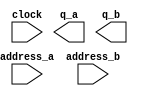
// megafunction wizard: %ROM: 2-PORT%VBB%
// GENERATION: STANDARD
// VERSION: WM1.0
// MODULE: altsyncram 

// ============================================================
// Megafunction Name(s):
// 			altsyncram
//
// Simulation Library Files(s):
// 			altera_mf
// ============================================================
// ************************************************************
// THIS IS A WIZARD-GENERATED FILE. DO NOT EDIT THIS FILE!
//
// 19.1.0 Build 670 09/22/2019 Patches 0.02std SJ Lite Edition
// ************************************************************

//Copyright (C) 2019  Intel Corporation. All rights reserved.
//Your use of Intel Corporation's design tools, logic functions 
//and other software and tools, and any partner logic 
//functions, and any output files from any of the foregoing 
//(including device programming or simulation files), and any 
//associated documentation or information are expressly subject 
//to the terms and conditions of the Intel Program License 
//Subscription Agreement, the Intel Quartus Prime License Agreement,
//the Intel FPGA IP License Agreement, or other applicable license
//agreement, including, without limitation, that your use is for
//the sole purpose of programming logic devices manufactured by
//Intel and sold by Intel or its authorized distributors.  Please
//refer to the applicable agreement for further details, at
//https://fpgasoftware.intel.com/eula.

module loadingScreenROM (
	address_a,
	address_b,
	clock,
	q_a,
	q_b);

	input	[13:0]  address_a;
	input	[13:0]  address_b;
	input	  clock;
	output	[7:0]  q_a;
	output	[7:0]  q_b;
`ifndef ALTERA_RESERVED_QIS
// synopsys translate_off
`endif
	tri1	  clock;
`ifndef ALTERA_RESERVED_QIS
// synopsys translate_on
`endif

endmodule

// ============================================================
// CNX file retrieval info
// ============================================================
// Retrieval info: PRIVATE: ADDRESSSTALL_A NUMERIC "0"
// Retrieval info: PRIVATE: ADDRESSSTALL_B NUMERIC "0"
// Retrieval info: PRIVATE: BYTEENA_ACLR_A NUMERIC "0"
// Retrieval info: PRIVATE: BYTEENA_ACLR_B NUMERIC "0"
// Retrieval info: PRIVATE: BYTE_ENABLE_A NUMERIC "0"
// Retrieval info: PRIVATE: BYTE_ENABLE_B NUMERIC "0"
// Retrieval info: PRIVATE: BYTE_SIZE NUMERIC "1"
// Retrieval info: PRIVATE: BlankMemory NUMERIC "0"
// Retrieval info: PRIVATE: CLOCK_ENABLE_INPUT_A NUMERIC "0"
// Retrieval info: PRIVATE: CLOCK_ENABLE_INPUT_B NUMERIC "0"
// Retrieval info: PRIVATE: CLOCK_ENABLE_OUTPUT_A NUMERIC "0"
// Retrieval info: PRIVATE: CLOCK_ENABLE_OUTPUT_B NUMERIC "0"
// Retrieval info: PRIVATE: CLRdata NUMERIC "0"
// Retrieval info: PRIVATE: CLRq NUMERIC "0"
// Retrieval info: PRIVATE: CLRrdaddress NUMERIC "0"
// Retrieval info: PRIVATE: CLRrren NUMERIC "0"
// Retrieval info: PRIVATE: CLRwraddress NUMERIC "0"
// Retrieval info: PRIVATE: CLRwren NUMERIC "0"
// Retrieval info: PRIVATE: Clock NUMERIC "0"
// Retrieval info: PRIVATE: Clock_A NUMERIC "0"
// Retrieval info: PRIVATE: Clock_B NUMERIC "0"
// Retrieval info: PRIVATE: IMPLEMENT_IN_LES NUMERIC "0"
// Retrieval info: PRIVATE: INDATA_ACLR_B NUMERIC "0"
// Retrieval info: PRIVATE: INDATA_REG_B NUMERIC "1"
// Retrieval info: PRIVATE: INIT_FILE_LAYOUT STRING "PORT_A"
// Retrieval info: PRIVATE: INIT_TO_SIM_X NUMERIC "0"
// Retrieval info: PRIVATE: INTENDED_DEVICE_FAMILY STRING "Cyclone IV E"
// Retrieval info: PRIVATE: JTAG_ENABLED NUMERIC "0"
// Retrieval info: PRIVATE: JTAG_ID STRING "NONE"
// Retrieval info: PRIVATE: MAXIMUM_DEPTH NUMERIC "0"
// Retrieval info: PRIVATE: MEMSIZE NUMERIC "131072"
// Retrieval info: PRIVATE: MEM_IN_BITS NUMERIC "0"
// Retrieval info: PRIVATE: MIFfilename STRING "./ip/rom/loadingScreen.mif"
// Retrieval info: PRIVATE: OPERATION_MODE NUMERIC "3"
// Retrieval info: PRIVATE: OUTDATA_ACLR_B NUMERIC "0"
// Retrieval info: PRIVATE: OUTDATA_REG_B NUMERIC "0"
// Retrieval info: PRIVATE: RAM_BLOCK_TYPE NUMERIC "0"
// Retrieval info: PRIVATE: READ_DURING_WRITE_MODE_MIXED_PORTS NUMERIC "2"
// Retrieval info: PRIVATE: REGdata NUMERIC "1"
// Retrieval info: PRIVATE: REGq NUMERIC "0"
// Retrieval info: PRIVATE: REGrdaddress NUMERIC "0"
// Retrieval info: PRIVATE: REGrren NUMERIC "0"
// Retrieval info: PRIVATE: REGwraddress NUMERIC "1"
// Retrieval info: PRIVATE: REGwren NUMERIC "1"
// Retrieval info: PRIVATE: SYNTH_WRAPPER_GEN_POSTFIX STRING "0"
// Retrieval info: PRIVATE: USE_DIFF_CLKEN NUMERIC "0"
// Retrieval info: PRIVATE: UseDPRAM NUMERIC "1"
// Retrieval info: PRIVATE: VarWidth NUMERIC "0"
// Retrieval info: PRIVATE: WIDTH_READ_A NUMERIC "8"
// Retrieval info: PRIVATE: WIDTH_READ_B NUMERIC "8"
// Retrieval info: PRIVATE: WIDTH_WRITE_A NUMERIC "8"
// Retrieval info: PRIVATE: WIDTH_WRITE_B NUMERIC "8"
// Retrieval info: PRIVATE: WRADDR_ACLR_B NUMERIC "0"
// Retrieval info: PRIVATE: WRADDR_REG_B NUMERIC "1"
// Retrieval info: PRIVATE: WRCTRL_ACLR_B NUMERIC "0"
// Retrieval info: PRIVATE: enable NUMERIC "0"
// Retrieval info: PRIVATE: rden NUMERIC "0"
// Retrieval info: LIBRARY: altera_mf altera_mf.altera_mf_components.all
// Retrieval info: CONSTANT: ADDRESS_REG_B STRING "CLOCK0"
// Retrieval info: CONSTANT: CLOCK_ENABLE_INPUT_A STRING "BYPASS"
// Retrieval info: CONSTANT: CLOCK_ENABLE_INPUT_B STRING "BYPASS"
// Retrieval info: CONSTANT: CLOCK_ENABLE_OUTPUT_A STRING "BYPASS"
// Retrieval info: CONSTANT: CLOCK_ENABLE_OUTPUT_B STRING "BYPASS"
// Retrieval info: CONSTANT: INDATA_REG_B STRING "CLOCK0"
// Retrieval info: CONSTANT: INIT_FILE STRING "./ip/rom/loadingScreen.mif"
// Retrieval info: CONSTANT: INTENDED_DEVICE_FAMILY STRING "Cyclone IV E"
// Retrieval info: CONSTANT: LPM_TYPE STRING "altsyncram"
// Retrieval info: CONSTANT: NUMWORDS_A NUMERIC "16384"
// Retrieval info: CONSTANT: NUMWORDS_B NUMERIC "16384"
// Retrieval info: CONSTANT: OPERATION_MODE STRING "BIDIR_DUAL_PORT"
// Retrieval info: CONSTANT: OUTDATA_ACLR_A STRING "NONE"
// Retrieval info: CONSTANT: OUTDATA_ACLR_B STRING "NONE"
// Retrieval info: CONSTANT: OUTDATA_REG_A STRING "UNREGISTERED"
// Retrieval info: CONSTANT: OUTDATA_REG_B STRING "UNREGISTERED"
// Retrieval info: CONSTANT: POWER_UP_UNINITIALIZED STRING "FALSE"
// Retrieval info: CONSTANT: WIDTHAD_A NUMERIC "14"
// Retrieval info: CONSTANT: WIDTHAD_B NUMERIC "14"
// Retrieval info: CONSTANT: WIDTH_A NUMERIC "8"
// Retrieval info: CONSTANT: WIDTH_B NUMERIC "8"
// Retrieval info: CONSTANT: WIDTH_BYTEENA_A NUMERIC "1"
// Retrieval info: CONSTANT: WIDTH_BYTEENA_B NUMERIC "1"
// Retrieval info: CONSTANT: WRCONTROL_WRADDRESS_REG_B STRING "CLOCK0"
// Retrieval info: USED_PORT: address_a 0 0 14 0 INPUT NODEFVAL "address_a[13..0]"
// Retrieval info: USED_PORT: address_b 0 0 14 0 INPUT NODEFVAL "address_b[13..0]"
// Retrieval info: USED_PORT: clock 0 0 0 0 INPUT VCC "clock"
// Retrieval info: USED_PORT: q_a 0 0 8 0 OUTPUT NODEFVAL "q_a[7..0]"
// Retrieval info: USED_PORT: q_b 0 0 8 0 OUTPUT NODEFVAL "q_b[7..0]"
// Retrieval info: CONNECT: @address_a 0 0 14 0 address_a 0 0 14 0
// Retrieval info: CONNECT: @address_b 0 0 14 0 address_b 0 0 14 0
// Retrieval info: CONNECT: @clock0 0 0 0 0 clock 0 0 0 0
// Retrieval info: CONNECT: @data_a 0 0 8 0 GND 0 0 8 0
// Retrieval info: CONNECT: @data_b 0 0 8 0 GND 0 0 8 0
// Retrieval info: CONNECT: @wren_a 0 0 0 0 GND 0 0 0 0
// Retrieval info: CONNECT: @wren_b 0 0 0 0 GND 0 0 0 0
// Retrieval info: CONNECT: q_a 0 0 8 0 @q_a 0 0 8 0
// Retrieval info: CONNECT: q_b 0 0 8 0 @q_b 0 0 8 0
// Retrieval info: GEN_FILE: TYPE_NORMAL loadingScreenROM.v TRUE
// Retrieval info: GEN_FILE: TYPE_NORMAL loadingScreenROM.inc FALSE
// Retrieval info: GEN_FILE: TYPE_NORMAL loadingScreenROM.cmp FALSE
// Retrieval info: GEN_FILE: TYPE_NORMAL loadingScreenROM.bsf FALSE
// Retrieval info: GEN_FILE: TYPE_NORMAL loadingScreenROM_inst.v FALSE
// Retrieval info: GEN_FILE: TYPE_NORMAL loadingScreenROM_bb.v TRUE
// Retrieval info: LIB_FILE: altera_mf